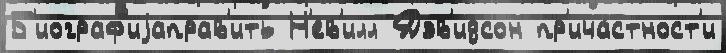
Б'иограф'иjаправ'ить Н'ев'илл Дэв'идсон пр'ича́стност'и